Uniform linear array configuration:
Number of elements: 48
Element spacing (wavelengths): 0.25
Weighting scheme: kaiser
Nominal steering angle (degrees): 0
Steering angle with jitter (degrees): -1.258
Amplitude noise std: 0.05
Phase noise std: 0.05

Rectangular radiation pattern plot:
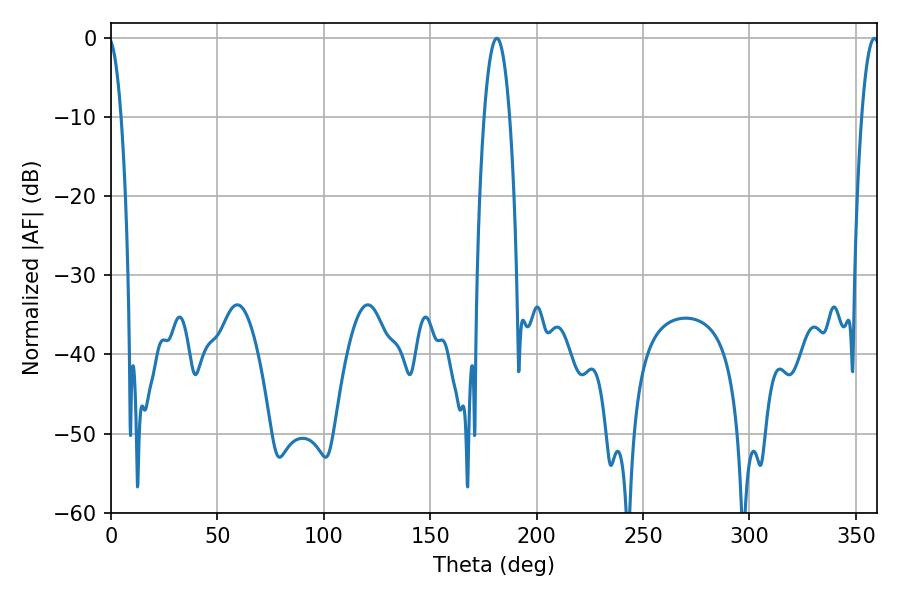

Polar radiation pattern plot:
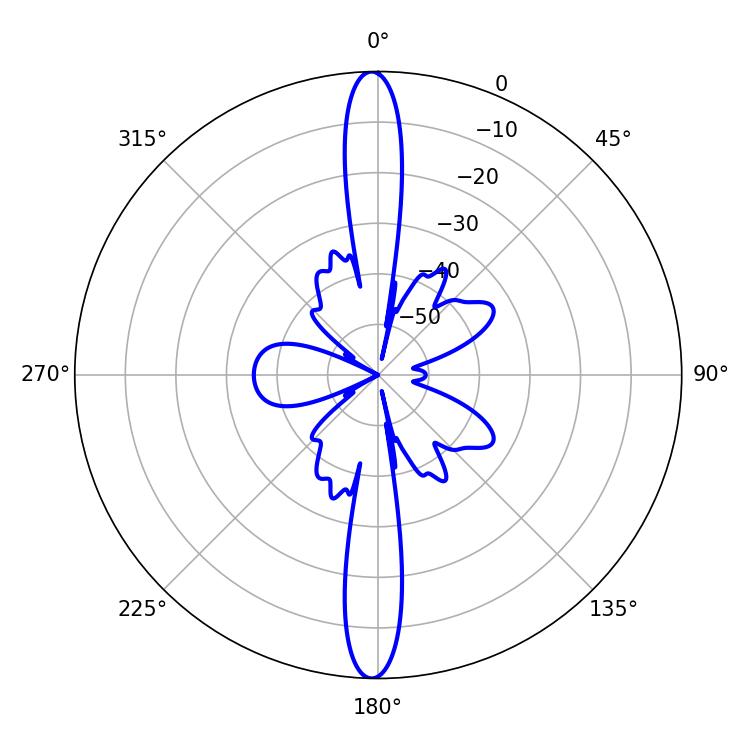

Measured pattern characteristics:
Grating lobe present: FALSE
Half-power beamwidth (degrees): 6.66
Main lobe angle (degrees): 181.26